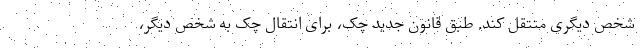
شخص دیگری منتقل کند. طبق قانون جدید چک، برای انتقال چک به شخص دیگر،